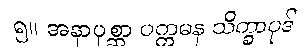
၅။ အနာပုစ္ဆာ ပက္ကမန သိက္ခာပုဒ်